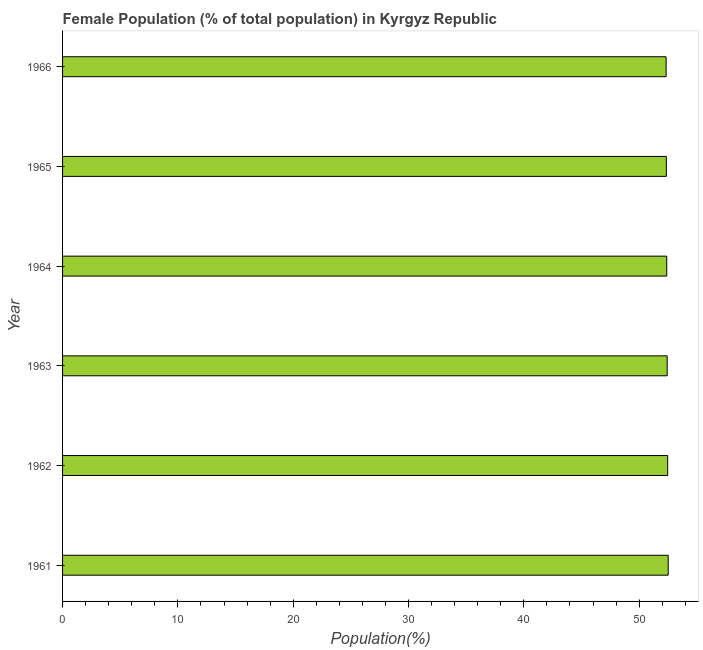
| Year | Female |
 | --- | --- |
 | 1961 | 52.5 |
 | 1962 | 52.5 |
 | 1963 | 52.4 |
 | 1964 | 52.4 |
 | 1965 | 52.4 |
 | 1966 | 52.3 |